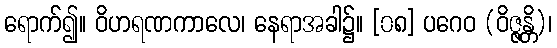
ရောက်၍။ ဝိဟရဏကာလေ၊ နေရာအခါ၌။ [၀၈] ပဂေဝ (ဝိဇ္ဇန္တိ)၊